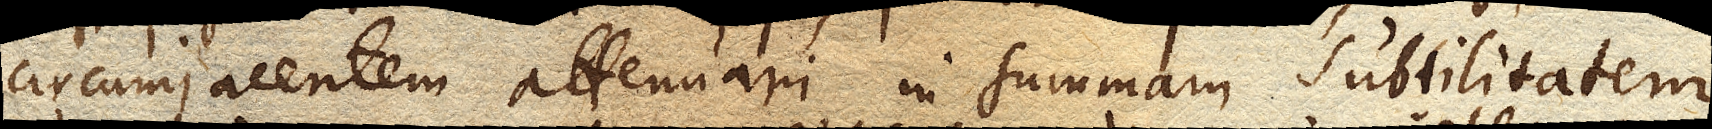
circumjacentem attenuari in summam subtilitatem